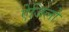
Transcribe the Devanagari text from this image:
ऐजिलो